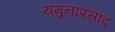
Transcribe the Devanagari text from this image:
यमुनाप्रसाद